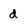
Character: d